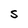
Character: S